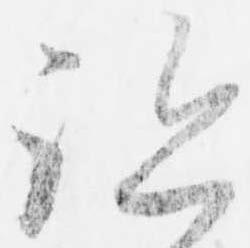
跡